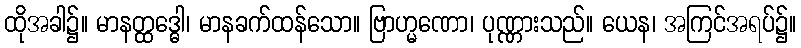
ထိုအခါ၌။ မာနတ္ထဒ္ဓေါ၊ မာနခက်ထန်သော။ ဗြာဟ္မဏော၊ ပုဏ္ဏားသည်။ ယေန၊ အကြင်အရပ်၌။